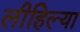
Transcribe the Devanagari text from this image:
लीहिल्या